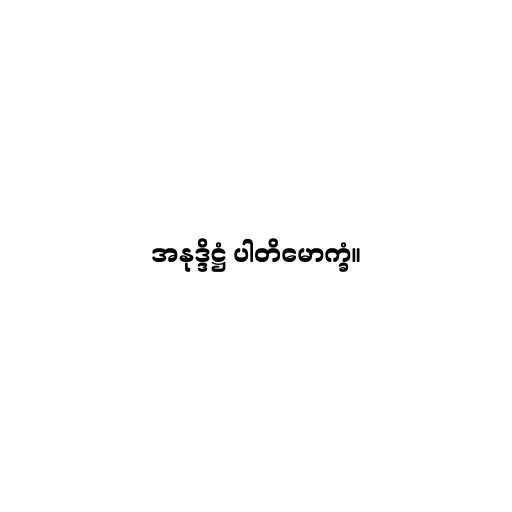
အနုဒ္ဒိဋ္ဌံ ပါတိမောက္ခံ။